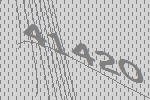
41420